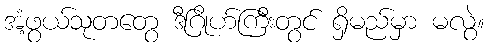
အံ့ဖွယ်သုတတွေ ဒီဂြိုဟ်ကြီးတွင် ရှိမည်မှာ မလွဲ။